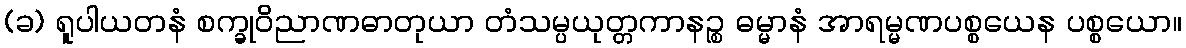
(ခ) ရူပါယတနံ စက္ခုဝိညာဏဓာတုယာ တံသမ္ပယုတ္တကာနဉ္စ ဓမ္မာနံ အာရမ္မဏပစ္စယေန ပစ္စယော။